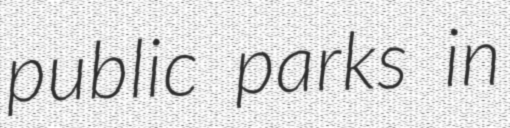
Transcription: public parks in